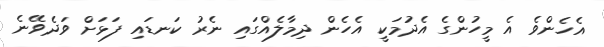
އެހެންވެ އެ މީހުންގެ އެދުމަކީ އެހެން ދިމާލެއްގައި ނެރު ކަނޑައި ފަޅަށް ވަދެވޭނެ